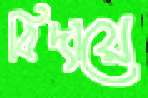
বিদায়ে